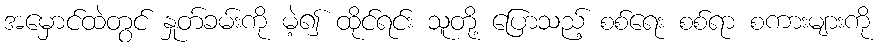
အမှောင်ထဲတွင် နှုတ်ခမ်းကို မဲ့၍ ထိုင်ရင်း သူတို့ ပြောသည့် စစ်ရေး စစ်ရာ စကားများကို